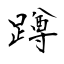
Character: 蹲